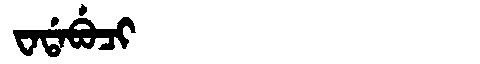
Manchu: ᠸᠠᡩᠠᠪᡠᠴᡳ
Romanization: WADABUCI